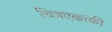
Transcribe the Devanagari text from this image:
चित्रएकांकी